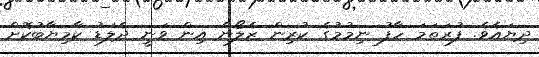
ދިޔައެވެ. ފުރަތަމަ ހާފު ނިމުމުގެ ކުރިން ޒެލޯން އިން ވަނީ ދެލަޑު ކާމިޔާބުކޮށް